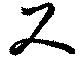
尺